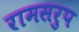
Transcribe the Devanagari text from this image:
रामसरुप